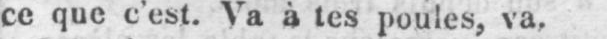
ce que c’est. Va à tes poules, va.